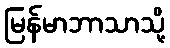
မြန်မာဘာသာသို့